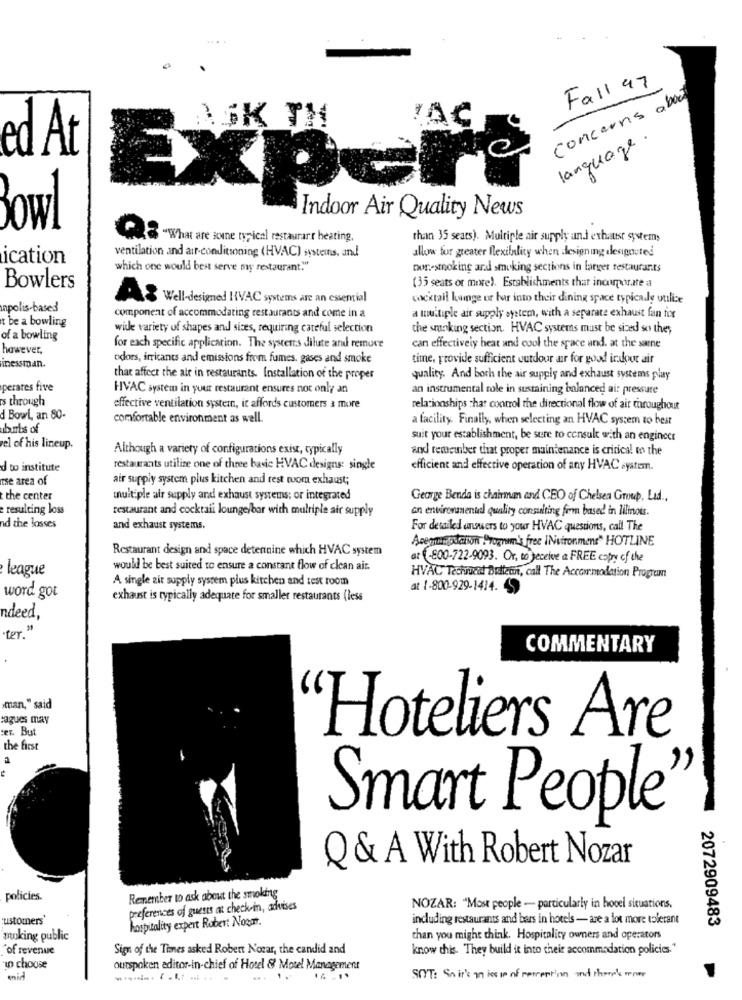
Fall 97
Concerns about
ASK TH
VAC
language.
ed At
EXPE
Indoor Air Quality News
owl
8 .What are some typical restaurarr heating,
than 35 seats). Multiple air supply and exhaust systems
ication
ventilation and air-conditioning (HVAC) systems, and
allow for greater flexilnlity when designing desiposted
which one would best serve my restaurant."
non-smoking and smoking sections in larger restaurants
Bowlers
(35 seats or more). Establishments that incorporare a
AS Well-designed HVAC systems are an essential
cocktail lige or har into their dining space typically utilice
npolis-based
t be a bowling
component of accommodating restaurants and come in a
a multiple ait supply system, with a separate exhaust fan fox
wide variety of shapes and sizes, requiring careful selection
the smoking section. HVAC systems must be sized so they
of a bowling
however,
for each specific application. The systemts dilute anul remure
can effectively heat and cool the space and. at the sarne
odors, irritants and emissions from fumes, gases and smoke
time, provide sufficient outdour ar for good indoor air
inessman.
that affect the air in restaurants. Installation of the proper
quality. And both the air supply and exhaust systems play
perates five
HVAC system in your restaurant ensures not only an
an instrumental role in sustaining balanced ai: pressure
's through
effective ventilation system, it affords customers a more
relationships that control the directional flow of air throughout
d Bowl, an 80-
comfortable environment as well.
a facility. Finally, when selecting an HVAC system to beat
ubunts of
suit your establishment, be sure to consult with an engineer
el of his lineup.
Although a variety of configurations exist, typically
and remember that proper maintenance is critical to the
d to institute
restaurants utilize one of three basic HVAC designs: single
efficient and effective operation of any HVAC system.
tse area of
air supply system plus kitchen and rest ruom exhaust;
the center
multiple air supply and exhaust systems; or integrated
George Benda is chairman and CEO of Chelsea Group, Lad .,
resulting loss
restaurant and cocktail lounge/bar with multiple air supply
an environmentd quality consulting firm based in lilinous.
nd the losses
and exhaust systems.
For detailed answers to your HVAC questions, call The
Asegundaiton Prognun' free INvironment" HOTLINE
Restaurant design and space detennine which HVAC system
at -800-722-9093. Or, to receive a FREE copy of the
league
would be best suited to ensure a constant flow of clean air.
A single air supply system plus kitchen and test room
HVAC Techiucal Butlern, call The Accommodation Program
at 1-800-929-1414.
word got
exhaust is typically adequate for smaller restaurants (less
ndeed,
"ter. "
COMMENTARY
man," said
cagues may
cer. But
'Hoteliers Are
the first
Smart People"
Q& A With Robert Nozar
policies.
Remember to ask about the smoking
preferences of guests at check-in, advises
NOZAR: "Most people - particularly in hovel situations.
ustoters"
hospitality expert Robert Noart.
including restaurants and bars in hotels - are a lot more tolerant
2072909483
poking public
than you might think. Hospitality owners and operators
of revenue
Sign of the Times asked Robert Notar, the candid and
know this. They build it into their accommodation policies."
in choose
outspoken editor-in-chief of Hotel & Motel Management
14
SOT: So it's an isis of reception mot thom's voor